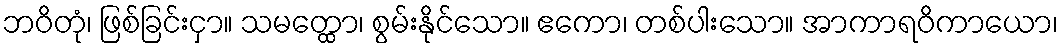
ဘဝိတုံ၊ ဖြစ်ခြင်းငှာ။ သမတ္ထော၊ စွမ်းနိုင်သော။ ဧကော၊ တစ်ပါးသော။ အာကာရဝိကာယော၊